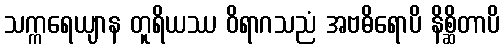
သက္ကရေယျာန တူရိယဿ ဝိရာဂသညံ အဗဓိရောပိ နိစ္ဆိတာပိ